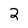
Character: 2